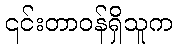
၎င်းတာဝန်ရှိသူက